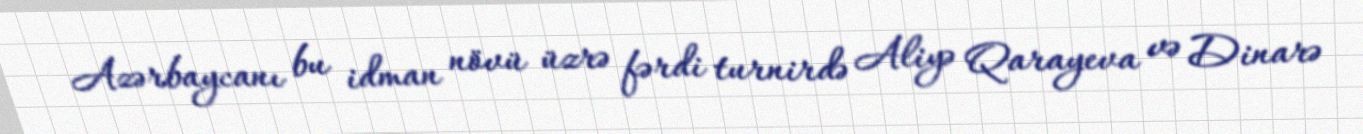
Azərbaycanı bu idman növü üzrə fərdi turnirdə Aliyə Qarayeva və Dinarə